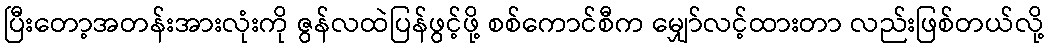
ပြီးတော့အတန်းအားလုံးကို ဇွန်လထဲပြန်ဖွင့်ဖို့ စစ်ကောင်စီက မျှော်လင့်ထားတာ လည်းဖြစ်တယ်လို့